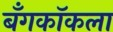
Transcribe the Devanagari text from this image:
बँगकॉकला